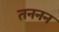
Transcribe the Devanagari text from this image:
तननन